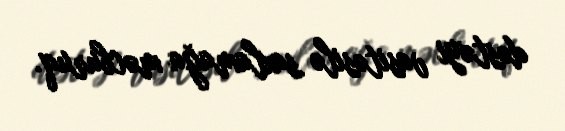
dəstəyi vasitəsilə saxlamağa məcburuq.